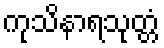
ကုသိနာရသုတ္တံ